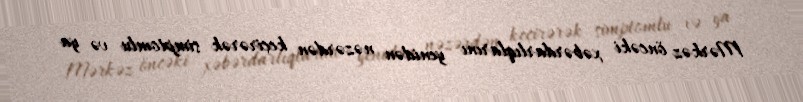
Mərkəz öncəki xəbərdarlıqlarını yenidən nəzərdən keçirərək simptomlu və ya